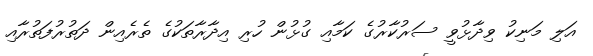
އަލި މަނިކު ވިދާޅުވީ ސަރުކާރުގެ ކަމާއި ގުޅުން ހުރި އިދާރާތަކުގެ ތެރެއިން ދަތުރުފަތުރާއި